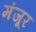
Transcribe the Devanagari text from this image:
मंंजूर